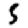
Digit: 5